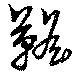
韂